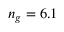
n _ { g } = 6 . 1